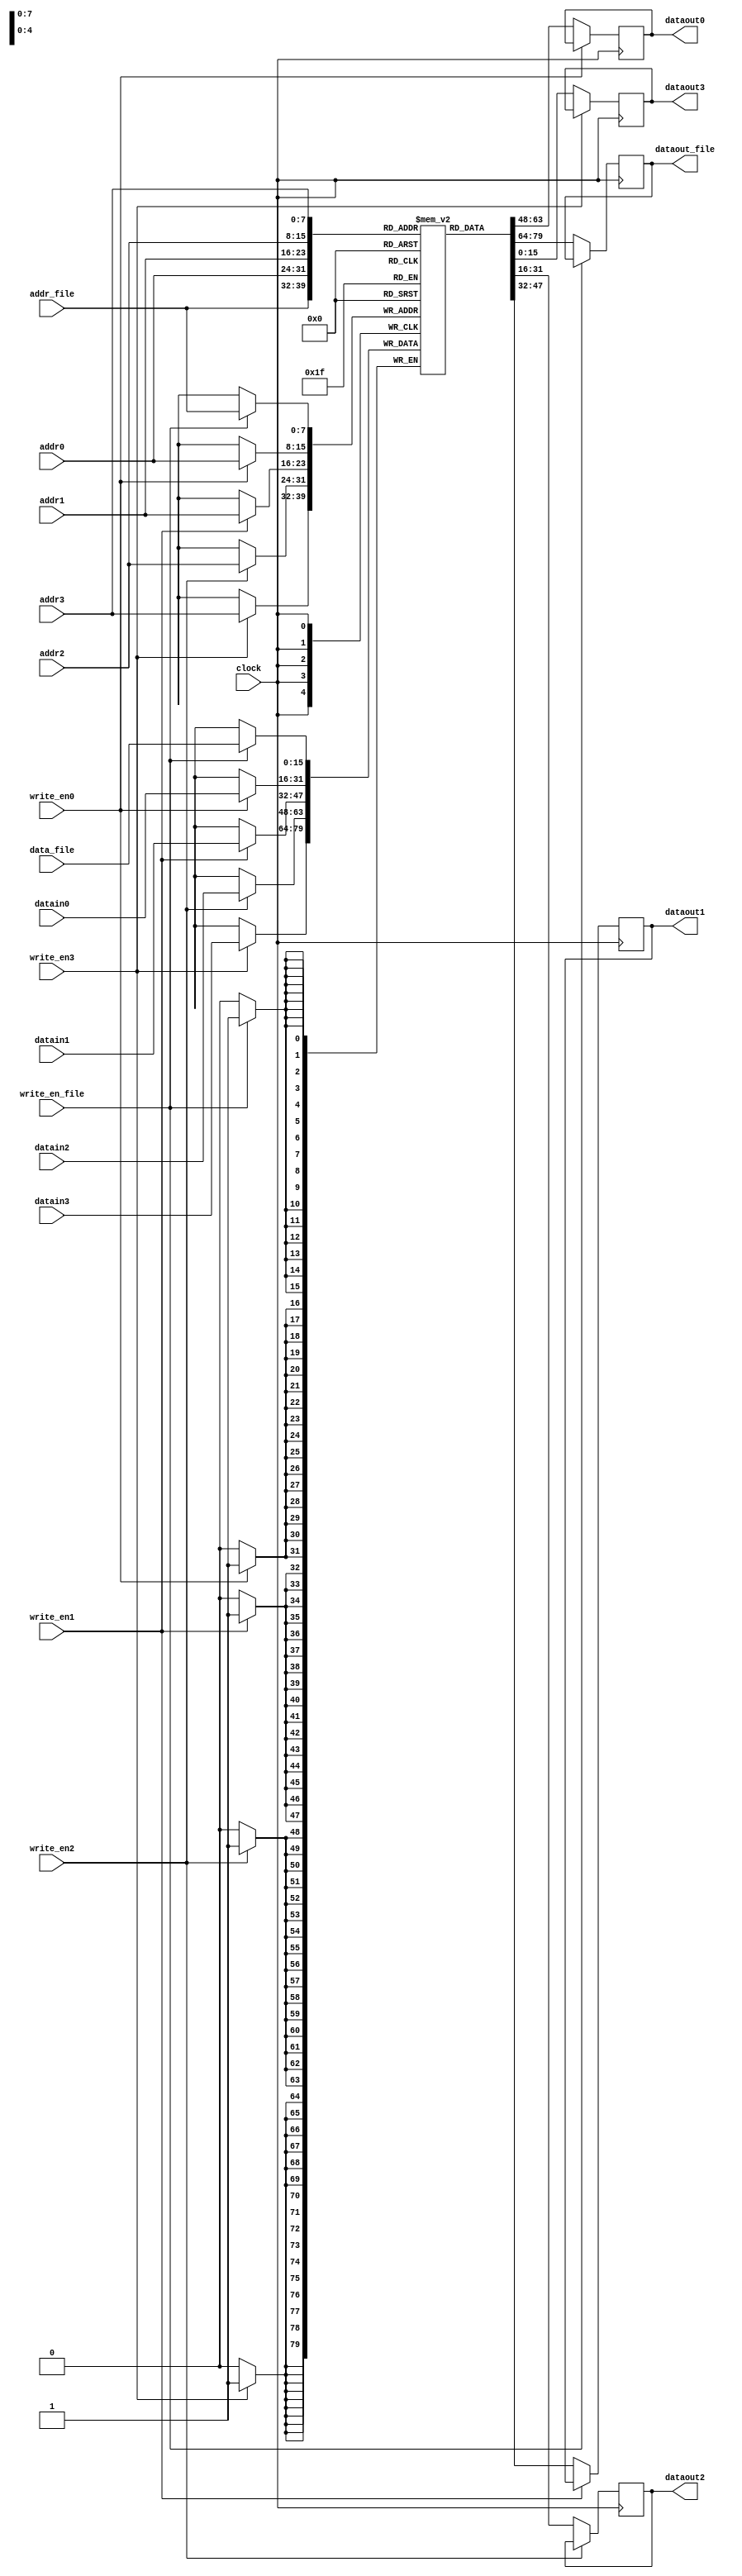
module data_memory (
input clock,
input write_en_file,
input [15:0] data_file,
input [7:0] addr_file,
input write_en0 ,write_en1 ,write_en2 ,write_en3 ,
input [7:0] addr0,addr1,addr2,addr3,
input [15:0] datain0,datain1,datain2,datain3,
output reg [15:0] dataout_file,dataout0,dataout1,dataout2,dataout3);

reg [15:0] ram [255:0];

always @(posedge clock)
begin
    if (write_en_file==1)
        ram[addr_file]<=data_file;
    else 
        dataout_file<=ram[addr_file];
    if (write_en0 == 1)
        ram[addr0] <= datain0;
    else 
        dataout0<=ram[addr0];

    if (write_en1 == 1)
        ram[addr1] <= datain1;
    else 
        dataout1<=ram[addr1];

    if (write_en2 == 1)
        ram[addr2] <= datain2;
    else 
        dataout2<=ram[addr2];

    if (write_en3 == 1)
        ram[addr3] <= datain3;
    else 
        dataout3<=ram[addr3];
end
endmodule